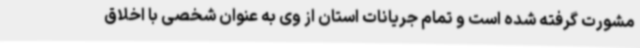
مشورت گرفته شده است و تمام جریانات استان از وی به عنوان شخصی با اخلاق